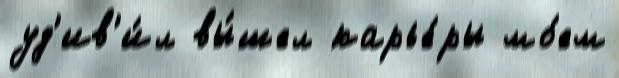
уд'ив'и́л вы́шел карье́ры мо́ем